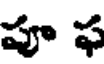
పూ ఫ